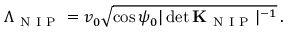
\Lambda _ { \mathrm { ~ N ~ I ~ P ~ } } = v _ { 0 } \sqrt { \cos \psi _ { 0 } | \operatorname* { d e t } { \bf K } _ { \mathrm { ~ N ~ I ~ P ~ } } | ^ { - 1 } } \, .